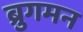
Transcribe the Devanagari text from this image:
ब्रुगमन